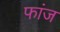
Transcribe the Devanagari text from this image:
फांज